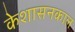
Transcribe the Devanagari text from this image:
केशासनकाल